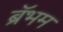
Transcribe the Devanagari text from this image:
ब्रॅभम